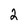
Character: 2